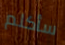
سأكلم